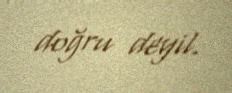
doğru deyil.